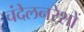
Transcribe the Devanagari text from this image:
चंदेलनरेशों